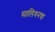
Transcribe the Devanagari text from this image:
सालियनचा